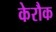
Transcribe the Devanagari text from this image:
केरौक